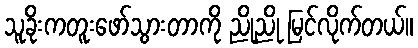
သူခိုးကတူးဖော်သွားတာကို ညိုညို မြင်လိုက်တယ်။